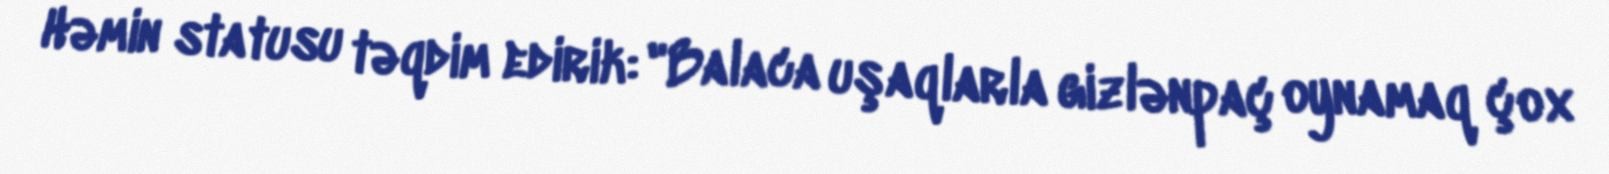
Həmin statusu təqdim edirik: "Balaca uşaqlarla gizlənpaç oynamaq çox